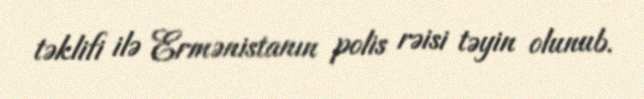
təklifi ilə Ermənistanın polis rəisi təyin olunub.